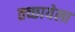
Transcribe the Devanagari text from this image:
तच्छायेला